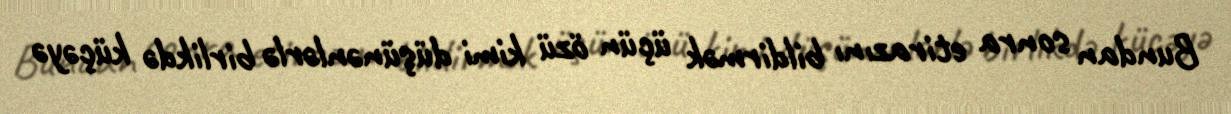
Bundan sonra etirazını bildirmək üçün özü kimi düşünənlərlə birlikdə küçəyə